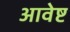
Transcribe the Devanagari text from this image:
आवेष्ट